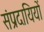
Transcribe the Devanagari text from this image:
संप्रदायियों